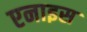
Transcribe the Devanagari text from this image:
एनाइस